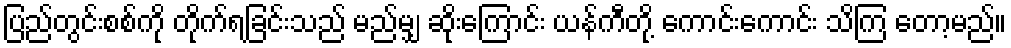
ပြည်တွင်းစစ်ကို တိုက်ရခြင်းသည် မည်မျှ ဆိုးကြောင်း ယန်ကီတို့ ကောင်းကောင်း သိကြ တော့မည်။